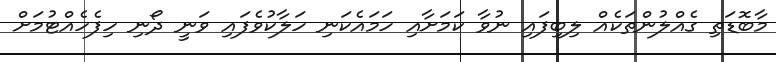
މާބޮޑަތި ގެއްލުންތަކެއް ލިބިފައި ނުވާ ކަމަށާއި ހަމައެކަނި ހަލާކުވެފައި ވަނީ ދޯނި ހިފެހެއްޓުމަށް